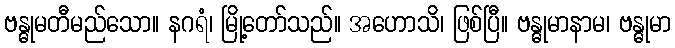
ဗန္ဓုမတီမည်သော။ နဂရံ၊ မြို့တော်သည်။ အဟောသိ၊ ဖြစ်ပြီ။ ဗန္ဓုမာနာမ၊ ဗန္ဓုမာ